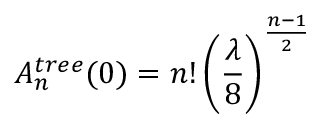
A _ { n } ^ { t r e e } ( 0 ) = n ! \left( { \frac { \lambda } { 8 } } \right) ^ { \frac { n - 1 } { 2 } }